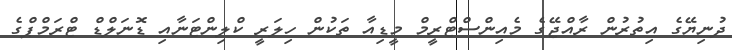
ދުނިޔޭގެ އިތުރުން ރާއްޖޭގެ މެއިންސްޓްރީމް މީޑިއާ ތަކުން ހިލަރީ ކްލިންޓަނާއި ޑޮނަލްޑް ޓްރަމްޕްގެ